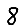
Digit: 8